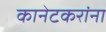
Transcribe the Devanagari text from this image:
कानेटकरांना